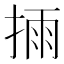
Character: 𢮳